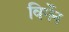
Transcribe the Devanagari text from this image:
विर्गेन